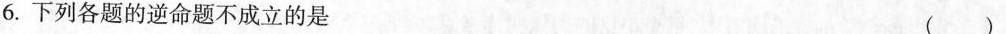
6.下列各题的逆命题不成立的是( )